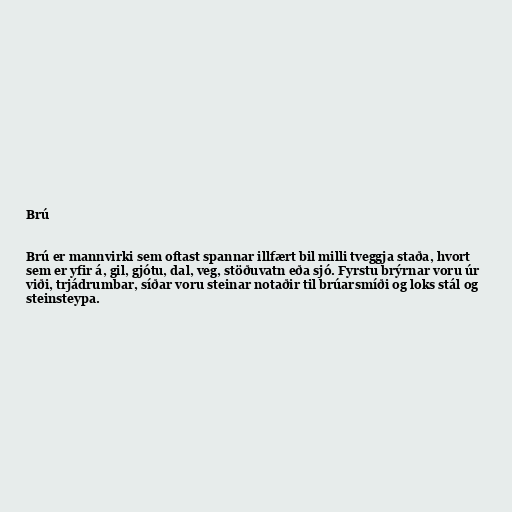
Brú

Brú er mannvirki sem oftast spannar illfært bil milli tveggja staða, hvort
sem er yfir á, gil, gjótu, dal, veg, stöðuvatn eða sjó. Fyrstu brýrnar voru úr
viði, trjádrumbar, síðar voru steinar notaðir til brúarsmíði og loks stál og
steinsteypa.